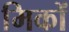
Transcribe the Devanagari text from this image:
मिकों